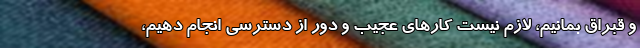
و قبراق بمانیم، لازم نیست کارهای عجیب و دور از دسترسی انجام دهیم،